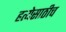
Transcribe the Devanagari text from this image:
हत्येसाठीच